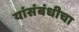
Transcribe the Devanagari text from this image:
यांसंबंधीचा